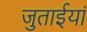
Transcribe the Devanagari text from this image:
जुताईयां